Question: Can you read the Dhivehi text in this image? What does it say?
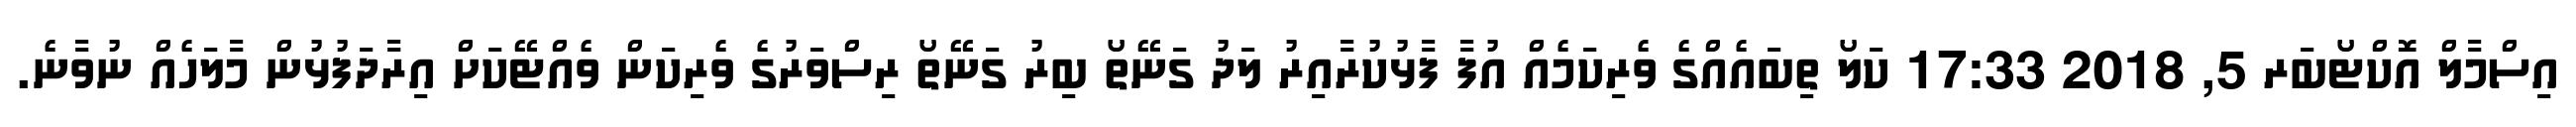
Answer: އިސްމާލް އޮކްޓޯބަރ 5, 2018 17:33 ކަލޯ ތިބައެއްގެ ވެރިކަމެއް އުފާ ފާޅުކުރާއިރު ލަދު ގަނޭތޯ ބިރު ގަނޭތޯ ރިސްވަރުގެ ވެރިކަން ވެއްޓޭކަށް އިރާދަފުޅުން މާލަހެއް ނުވާނެ.